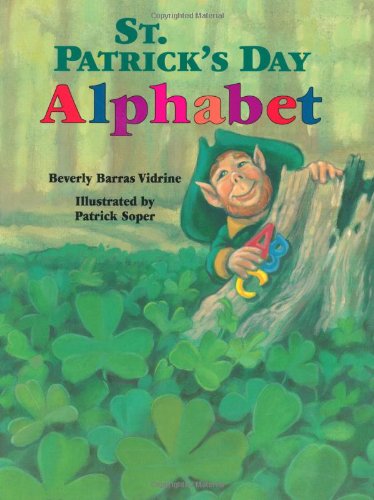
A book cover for St. Patrick's Day Alphabet; Beverly Vidrine; Children's Books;